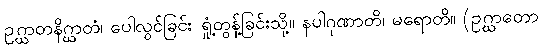
ဥဂ္ဃာတနိဂ္ဃာတံ၊ ပေါလွင်ခြင်း ရှုံ့တွန့်ခြင်းသို့။ နပါဂုဏာတိ၊ မရောတိ။ (ဥဂ္ဃာတော